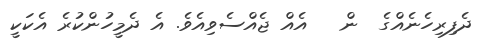
ދެފިރިހެނެއްގެ  ން   އެއް ޖެއްސެވިއެވެ. އެ ދެމީހުންކުރެ އެކަކީ